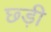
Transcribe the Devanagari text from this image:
छ्ड़ी